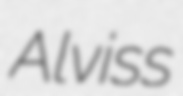
Alviss